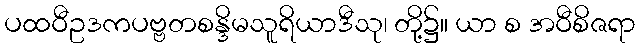
ပထဝီဥဒကပဗ္ဗတစန္ဒိမသူရိယာဒီသု၊ တို့၌။ ယာ စ အဝီစိဇရာ